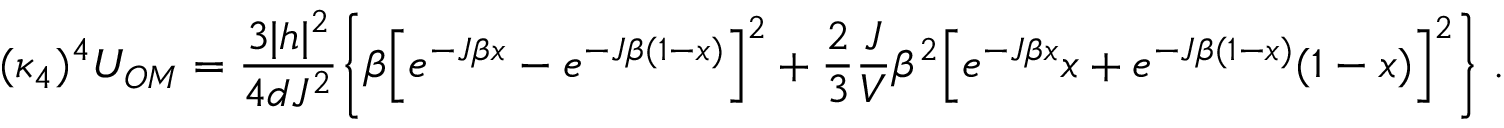
( \kappa _ { 4 } ) ^ { 4 } U _ { O M } = \frac { 3 | h | ^ { 2 } } { 4 d J ^ { 2 } } \Bigg \{ \beta \Big [ e ^ { - J \beta x } - e ^ { - J \beta ( 1 - x ) } \Big ] ^ { 2 } + \frac { 2 } { 3 } \frac { J } { V } \beta ^ { 2 } \Big [ e ^ { - J \beta x } x + e ^ { - J \beta ( 1 - x ) } ( 1 - x ) \Big ] ^ { 2 } \Bigg \} \; .